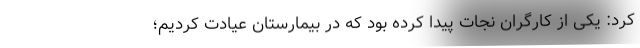
کرد: یکی از کارگران نجات پیدا کرده بود که در بیمارستان عیادت کردیم؛